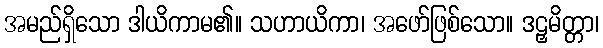
အမည်ရှိသော ဒါယိကာမ၏။ သဟာယိကာ၊ အဖော်ဖြစ်သော။ ဒဠှမိတ္တာ၊